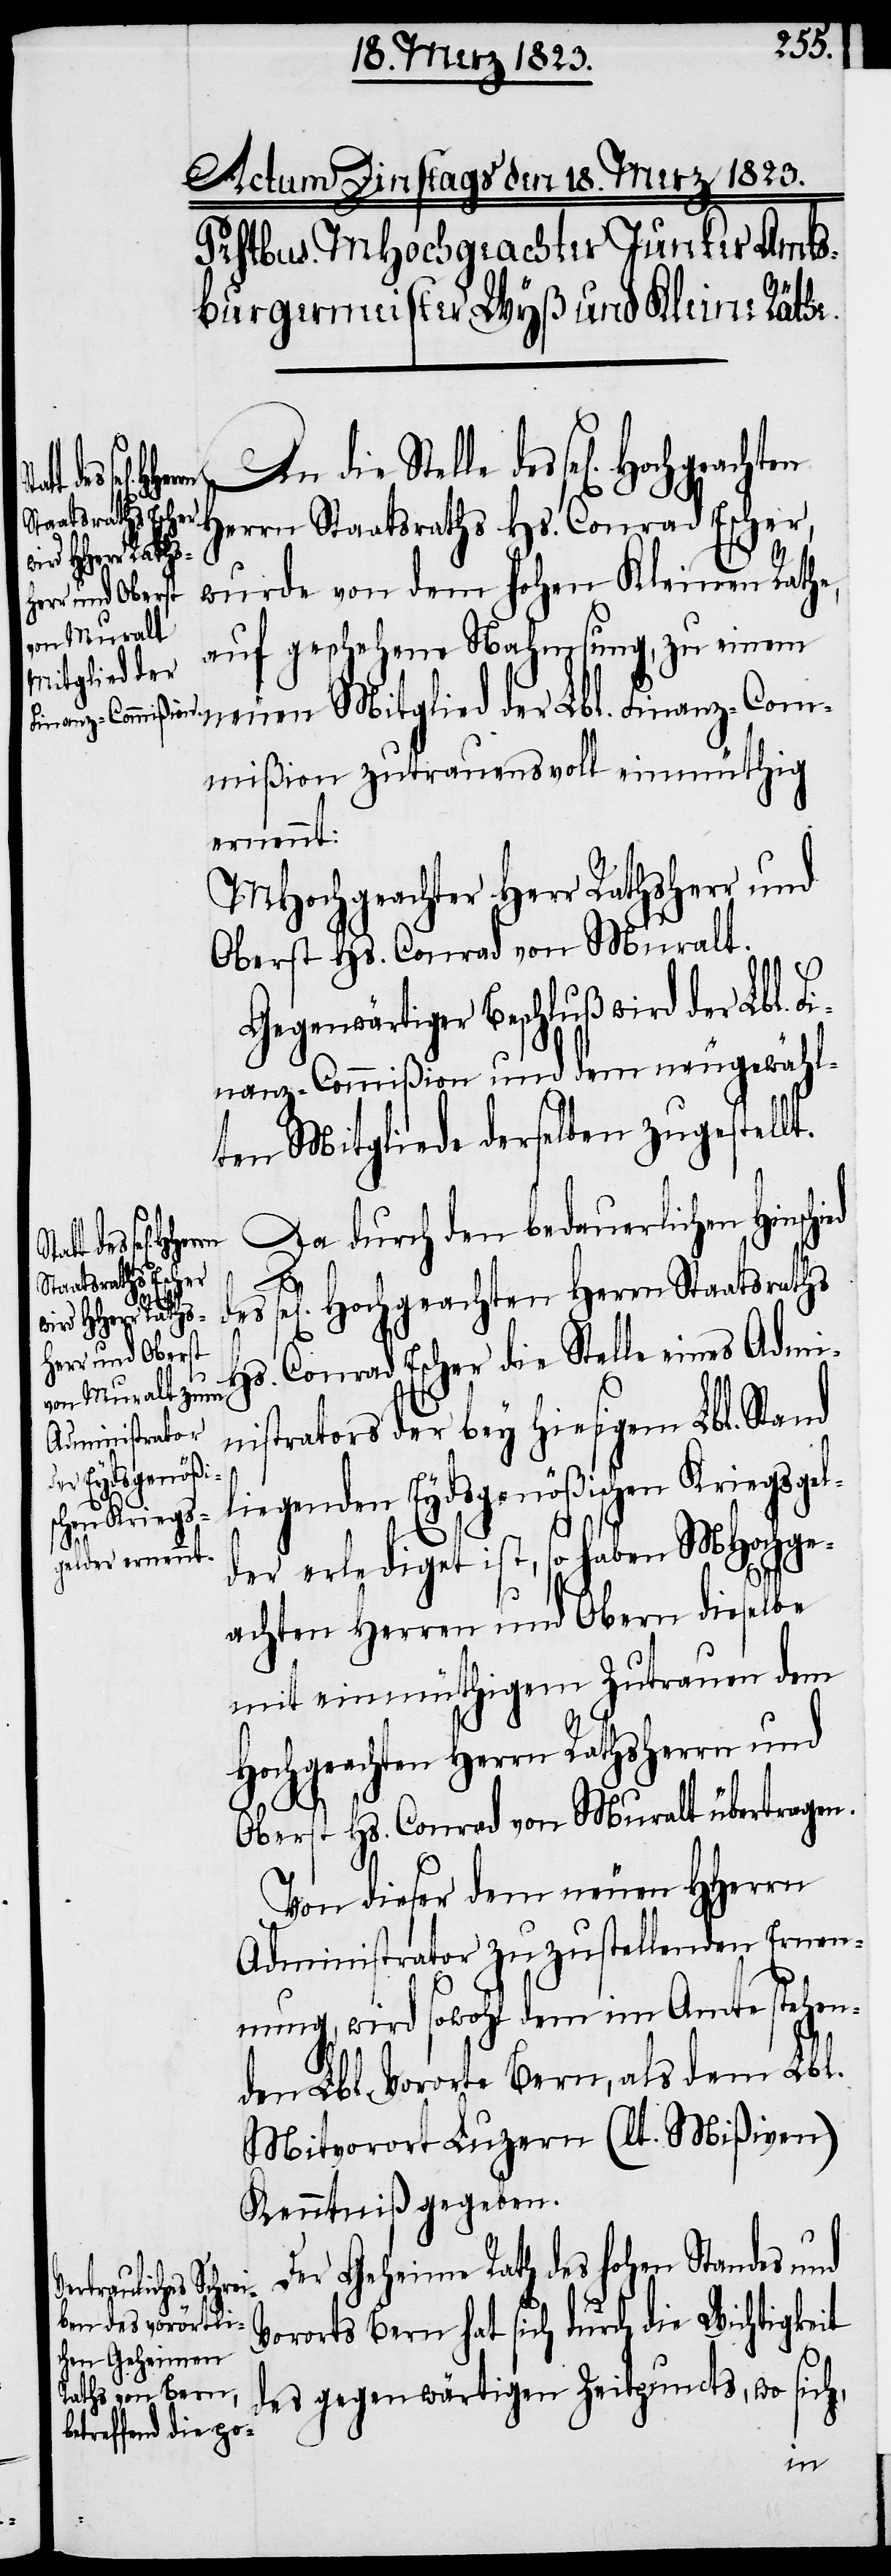
lle des sel[igen] Hochgeachten
die Ste¬
Herrn Staatsraths Hs. Conrad Escher,
wurde von dem hohen Kleinen Rathe,
auf geschehene Nahmsung, zu einem
neuen Mitglied der Lbl. Finanz-Com¬
mißion zutrauensvoll einmüthig
ernennt:
MHochgeachter Herr Rathsherr und
Oberst Hs. Conrad von Muralt.
Gegenwärtiger Beschluß wird der Lbl. F¬
inanz-Commißion und dem neugewähl¬
ten Mitgliede derselben zugestellt.
Da durch den bedauerlichen Hinsch¬
ied des sel[i¬
gen] Hochgeachten Herrn Staatsraths
Hs. Conrad Escher die Stelle eines Admi¬
nistrators der bey hiesigem Lbl. Stand
liegenden Eydsgenößischen Kriegsgel¬
der erlediget ist, so haben MHochge¬
achten Herren und Obern dieselbe
mit einmüthigem Zutrauen dem
Hochgeachten Herrn Rathsherrn und
Oberst Hs. Conrad von Muralt übertragen.
Von dieser dem neuen HHerrn
Administrator zuzustellenden Ernen¬
nung, wird sowohl dem im Amte stehen¬
den Lbl. Vororte Bern, als dem Lbl.
Mitvorort Luzern (lt. Mißiven)
Kenntniß gegeben.
Der Geheime Rath des hohen Standes und
Vororts Bern hat sich durch die Wichtigkeit
des gegenwärtigen Zeitpuncts, wo sich,
An